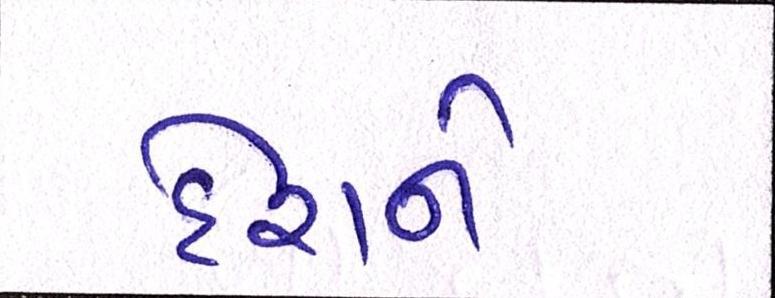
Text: દેશને